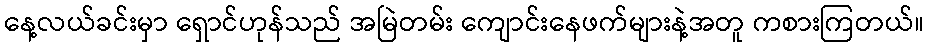
နေ့လယ်ခင်းမှာ ရှောင်ဟုန်သည် အမြဲတမ်း ကျောင်းနေဖက်များနဲ့အတူ ကစားကြတယ်။